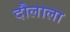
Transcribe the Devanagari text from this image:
दौलाला